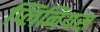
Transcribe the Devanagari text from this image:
प्लिनियस